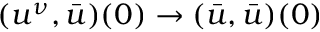
( u ^ { \nu } , \bar { u } ) ( 0 ) \to ( \bar { u } , \bar { u } ) ( 0 )